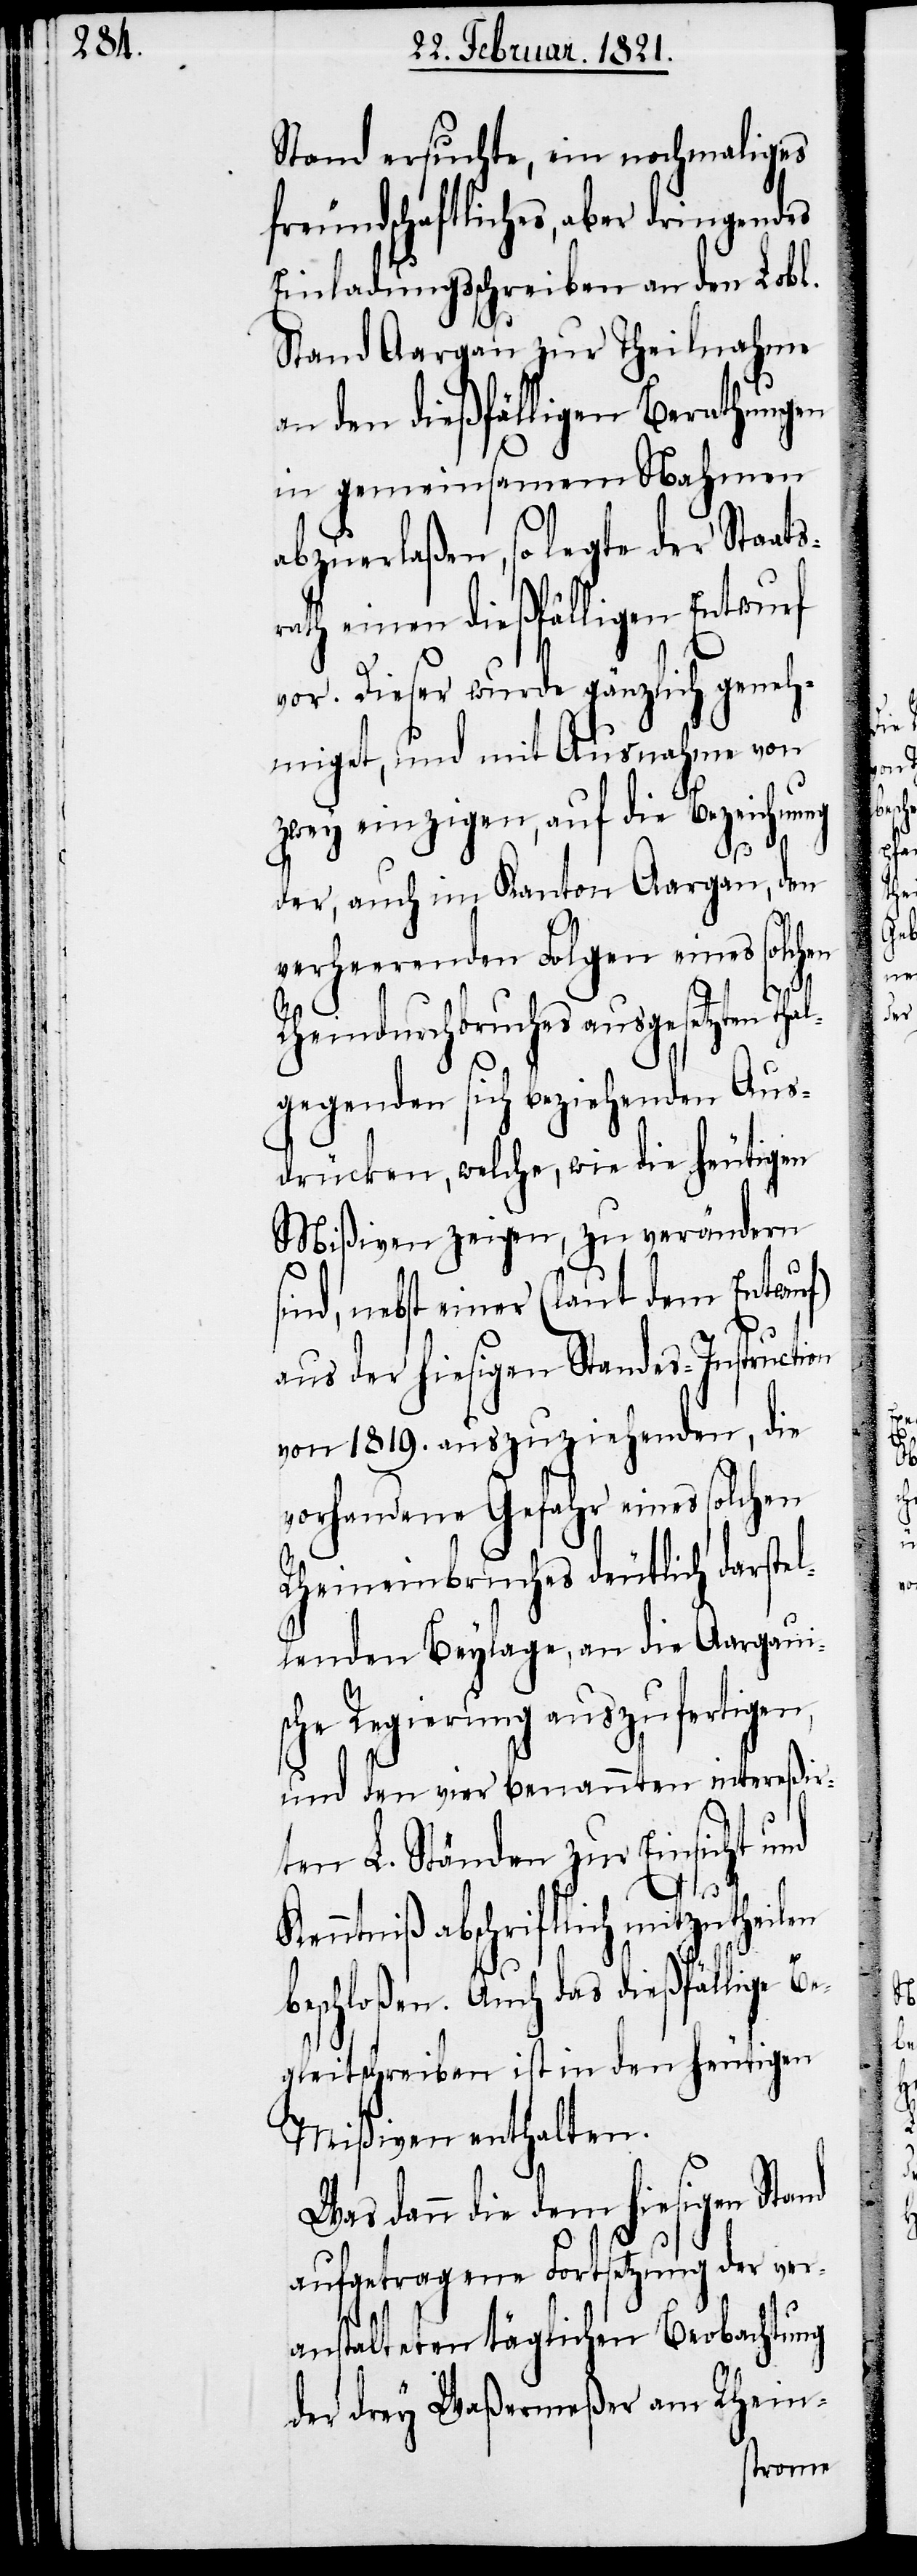
Stand ersuchte, ein nochmaliges
freundschaftliches, aber dringendes
Einladungsschreiben an den Lobl.
Stand Aargau zur Theilnahme
an den dießfälligen Berathungen
abzuerlaßen, so legte der Staats¬
rath einen dießfälligen Entwurf
vor. Dieser wurde gänzlich geneh¬
miget, und mit Ausnahme von
zwey einzigen, auf die Beziehung
der, auch im Kanton Aargau, den
l¬
verheerenden Folgen eines
Rheinduchbruches ausgesetzten Tha¬
lgegenden sich beziehenden Aus¬
drücken, welche, wie die heutigen
Mißiven zeigen, zu verändern
sind, nebst einer (laut dem Entwurf)
aus der hiesigen Standes-Instruction
von 1819. auszuziehenden, die
vorhandene Gefahr eines solchen
Rheineinbruches deutlich darste¬
lenden Beylage, an die Aargaui¬
sche Regierung auszufertigen,
und den vier benannten intereßir¬
ten L. Ständen zur Einsicht und
theilen
Kenntniß abschriftlich mit¬
beschloßen. Auch das dießfällige B¬
egleitschreiben ist in den heutigen
Mißiven enthalten.
dann die dem hiesigen Stand
aufgetragene Fortsetzung der ver¬
zu¬
anstalteten täglichen Beobachtung
der drey Waßermeßer am Rhein-